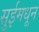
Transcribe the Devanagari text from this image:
सुईमधून